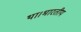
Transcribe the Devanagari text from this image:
था।भारतीय